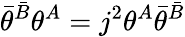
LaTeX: \bar{\theta}^{\bar{B}}\theta^{A}=j^{2}\theta^{A}\bar{\theta}^{\bar{B}}